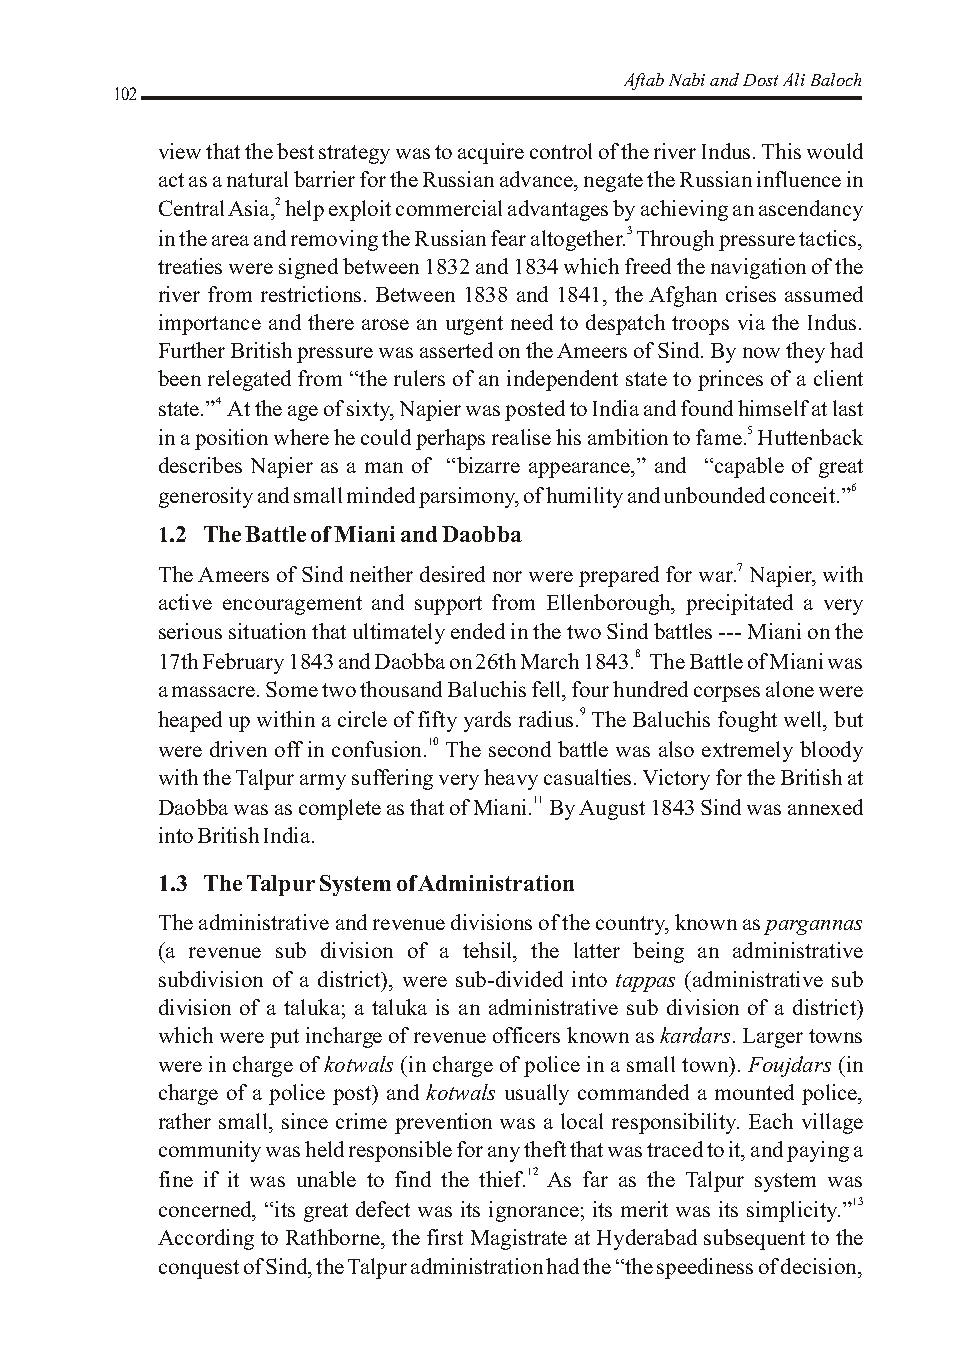
Aftab Nabi and Dost Ali Baloch
 102
 view that the best strategy was to acquire control of the river Indus. This would
 act as a natural barrier for the Russian advance, negate the Russian influence in
 Central Asia,2 help exploit commercial advantages by achieving an ascendancy
 in the area and removing the Russian fear altogether.3 Through pressure tactics,
 treaties were signed between 1832 and 1834 which freed the navigation of the
 river from restrictions. Between 1838 and 1841, the Afghan crises assumed
 importance and there arose an urgent need to despatch troops via the Indus.
 Further British pressure was asserted on the Ameers of Sind. By now they had
 been relegated from “the rulers of an independent state to princes of a client
 state.”4 At the age of sixty, Napier was posted to India and found himself at last
 in a position where he could perhaps realise his ambition to fame.5 Huttenback
 describes Napier as a man of “bizarre appearance,” and “capable of great
 generosity and small minded parsimony, of humility and unbounded conceit.”6
 1.2 The Battle of Miani and Daobba
 The Ameers of Sind neither desired nor were prepared for war.7 Napier, with
 active encouragement and support from Ellenborough, precipitated a very
 serious situation that ultimately ended in the two Sind battles --- Miani on the
 17th February 1843 and Daobba on 26th March 1843.8 The Battle of Miani was
 a massacre. Some two thousand Baluchis fell, four hundred corpses alone were
 heaped up within a circle of fifty yards radius.9 The Baluchis fought well, but
 were driven off in confusion.10 The second battle was also extremely bloody
 with the Talpur army suffering very heavy casualties. Victory for the British at
 Daobba was as complete as that of Miani.11 By August 1843 Sind was annexed
 into British India.
 1.3 The Talpur System of Administration
 The administrative and revenue divisions of the country, known as pargannas
 (a revenue sub division of a tehsil, the latter being an administrative
 subdivision of a district), were sub-divided into tappas (administrative sub
 division of a taluka; a taluka is an administrative sub division of a district)
 which were put incharge of revenue officers known as kardars. Larger towns
 were in charge of kotwals (in charge of police in a small town). Foujdars (in
 charge of a police post) and kotwals usually commanded a mounted police,
 rather small, since crime prevention was a local responsibility. Each village
 community was held responsible for any theft that was traced to it, and paying a
 fine if it was unable to find the thief.12 As far as the Talpur system was
 concerned, “its great defect was its ignorance; its merit was its simplicity.”13
 According to Rathborne, the first Magistrate at Hyderabad subsequent to the
 conquest of Sind, the Talpur administration had the “the speediness of decision,